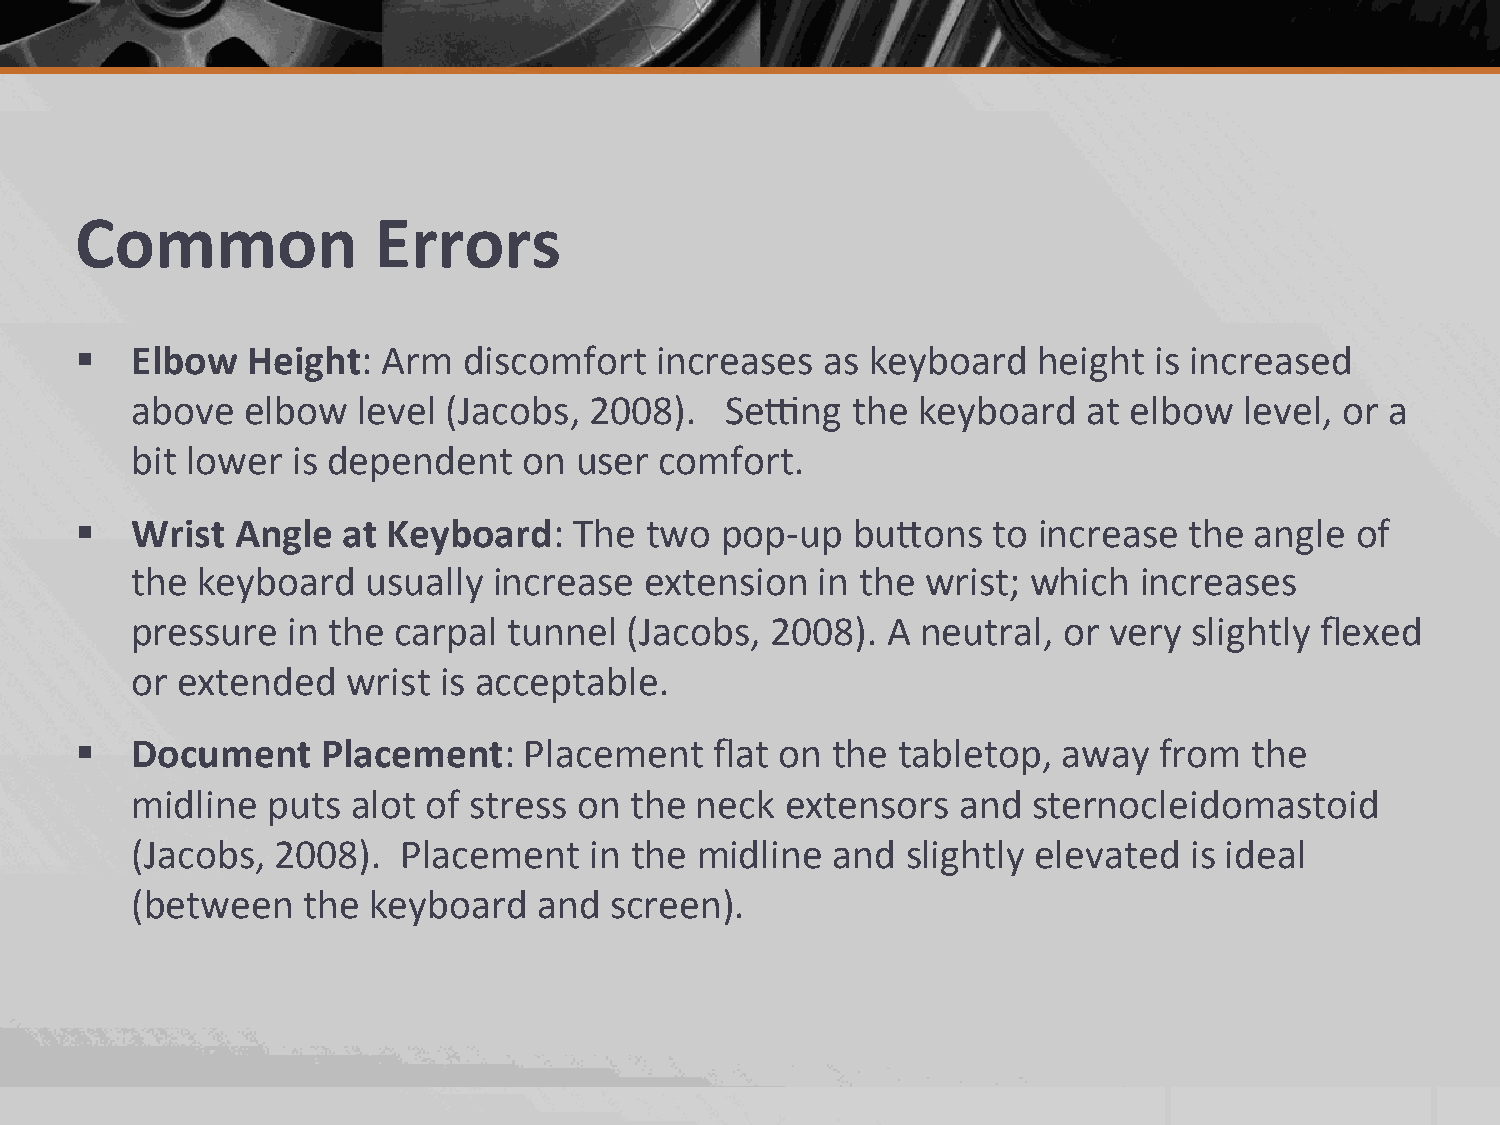
Common              Errors
 §  Elbow  Height:  Arm   discomfort  increases  as  keyboard   height is increased
 above  elbow   level (Jacobs, 2008).   Se{ng   the  keyboard   at elbow  level, or a
 bit lower is dependent    on user  comfort.
 §  Wrist  Angle  at Keyboard:   The  two  pop-­‐up bubons   to increase  the angle  of
 the keyboard   usually  increase  extension  in the wrist; which  increases
 pressure  in the carpal  tunnel (Jacobs,  2008).  A neutral, or very  slightly flexed
 or extended   wrist is acceptable.
 §  Document    Placement:    Placement   flat on the tabletop,  away   from  the
 midline  puts alot of stress on  the neck  extensors  and  sternocleidomastoid
 (Jacobs, 2008).   Placement   in the midline  and  slightly elevated  is ideal
 (between   the keyboard    and screen).